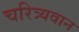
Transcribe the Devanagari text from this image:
चरित्र्यवान